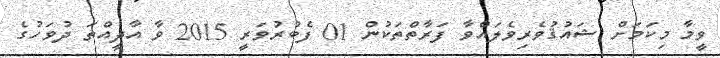
ވީމާ މިކަމަށް ޝައުޤުވެރިވެލައްވާ ފަރާތްތަކުން 01 ފެބުރުވަރީ 2015 ވާ އާދީއްތަ ދުވަހުގެ